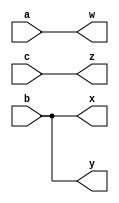
// Exercise 2-1-2: Four Wires
module FourWires (
    input a,b,c,
    output w,x,y,z
);
    // Easy method
    /*
    assign w = a;
    assign x = b;
    assign y = b;
    assign z = c;
    */

    // Concatenate
    assign {w,x,y,z} = {a,{2{b}},c};
endmodule